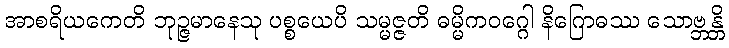
အာစရိယကေတိ ဘုဉ္ဇမာနေသု ပစ္စယေပိ သမ္မဇ္ဇတိ ဓမ္မိကဝဂ္ဂေါ နိဂြောဓဿ သောဗ္ဘန္တိ